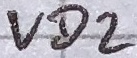
Text: VD2